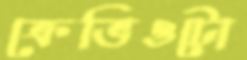
ক্রেভিওটো